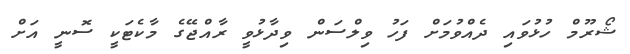
ޝޯރޫމް ހުޅުވައި ދެއްވުމަށް ފަހު ވިލްސަން ވިދާޅުވީ ރާއްޖޭގެ މާކެޓަކީ ސޮނީ އަށް